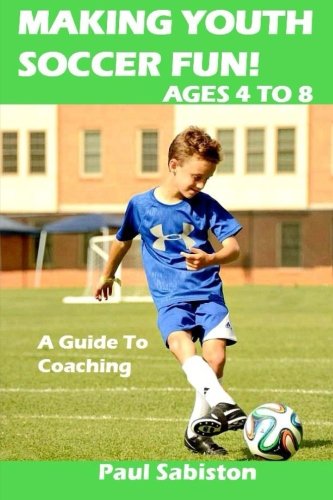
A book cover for Making Youth Soccer Fun! Ages 4 to 8: A Guide to Coaching (Volume 1); Paul Sabiston; Sports & Outdoors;